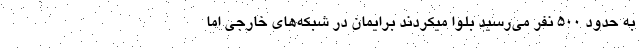
به حدود ۵۰۰ نفر می‌رسید بلوا میکردند برایمان در شبکه‌های خارجی اما